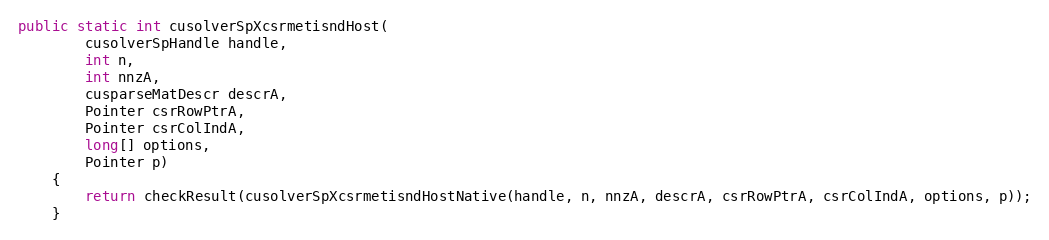
Language: Java
public static int cusolverSpXcsrmetisndHost(
        cusolverSpHandle handle,
        int n,
        int nnzA,
        cusparseMatDescr descrA,
        Pointer csrRowPtrA,
        Pointer csrColIndA,
        long[] options,
        Pointer p)
    {
        return checkResult(cusolverSpXcsrmetisndHostNative(handle, n, nnzA, descrA, csrRowPtrA, csrColIndA, options, p));
    }